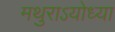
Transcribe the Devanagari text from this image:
मथुराऽयोध्या